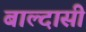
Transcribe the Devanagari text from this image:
बाल्दासी